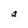
Character: a